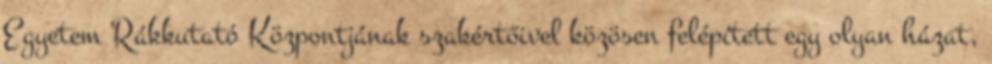
Egyetem Rákkutató Központjának szakértőivel közösen felépített egy olyan házat,